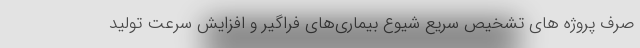
صرف پروژه های تشخیص سریع شیوع بیماری‌های فراگیر و افزایش سرعت تولید